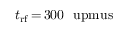
t _ { \mathrm { r f } } \, { = } \, 3 0 0 ~ \mathrm { \ u p m u s }